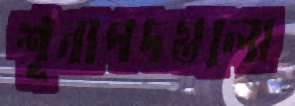
শূন্যপদগুলো